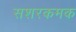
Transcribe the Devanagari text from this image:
सशरकमक